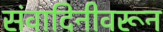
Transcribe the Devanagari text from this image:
संवादिनीवरून